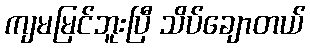
ကျမမြင်ဘူးပြီ သိပ်ချောတယ်